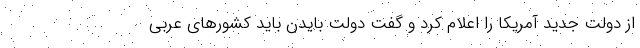
از دولت جدید آمریکا را اعلام کرد و گفت دولت بایدن باید کشورهای عربی